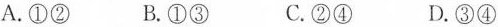
A.①② B.①③ C.②④ D.③④